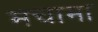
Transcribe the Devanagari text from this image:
मचामा